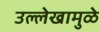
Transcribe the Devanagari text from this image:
उल्लेखामुळे